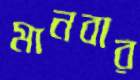
মানবার